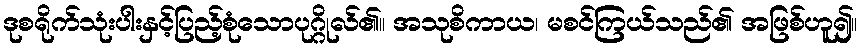
ဒုစရိုက်သုံးပါးနှင့်ပြည့်စုံသောပုဂ္ဂိုလ်၏။ အသုစိကာယ၊ မစင်ကြယ်သည်၏ အဖြစ်ဟူ၍။